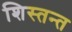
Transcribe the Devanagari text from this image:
शिस्तन्त